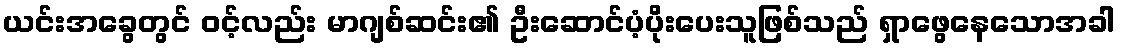
ယင်းအခွေတွင် ၀င့်လည်း မာဂျစ်ဆင်း၏ ဦးဆောင်ပံ့ပိုးပေးသူဖြစ်သည် ရှာဖွေနေသောအခါ